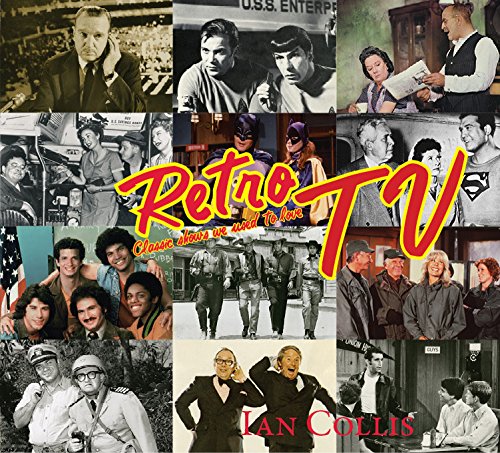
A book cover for Retro TV; Ian Collis; Crafts, Hobbies & Home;